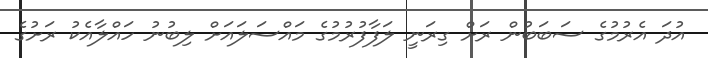
އުދަ އެރުމުގެ ސަބަބުން ރަށް ގިރަނީ ލަފާފުރުމުގެ މައްސަލައަށް ލިބުނު ހައްލާއެކު ރަށުގެ